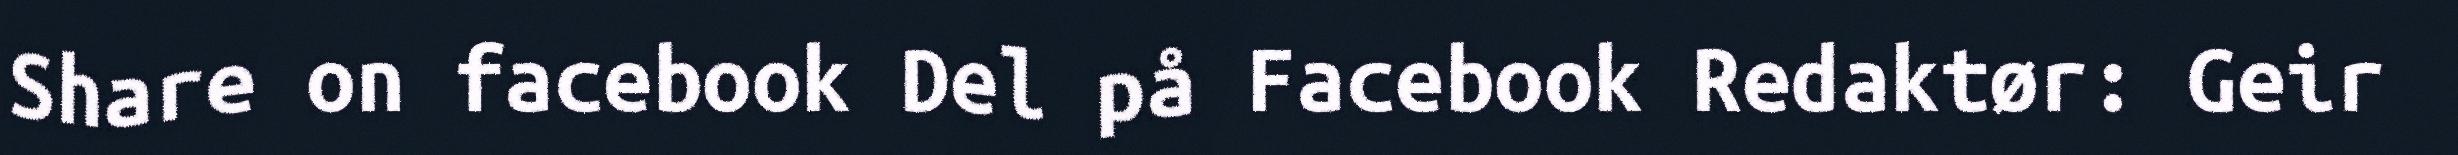
Share on facebook Del på Facebook Redaktør: Geir